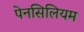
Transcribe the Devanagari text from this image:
पेनसिलियम